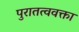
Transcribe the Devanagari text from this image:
पुरातत्ववक्ता